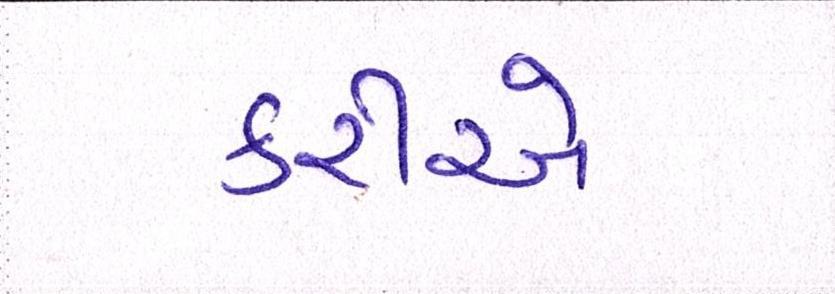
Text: કરીએ